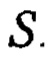
$S.$